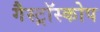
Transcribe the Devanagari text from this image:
गैस्ट्रॉस्कोप